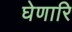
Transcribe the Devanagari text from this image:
घेणारि